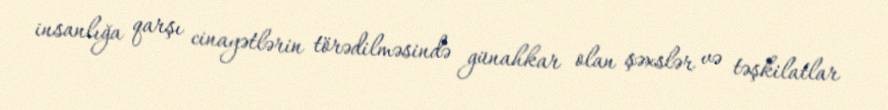
insanlığa qarşı cinayətlərin törədilməsində günahkar olan şəxslər və təşkilatlar